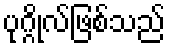
ပုဂ္ဂိုလ်ဖြစ်သည်